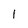
Character: 1